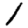
Digit: 1